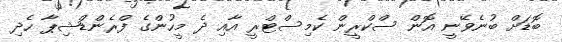
ބޮޑަށް ބުނެވޭނީ އޮން ސްކްރީން ކެމިސްޓްރީ އާއި ދެ މީހުންގެ ފްރެންޑްޝިޕާ ހެދި